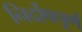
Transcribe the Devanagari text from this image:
निर्दोषपूर्ण